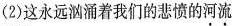
(2)这永远汹涌着我们的悲愤的\underset{·}{河}\underset{·}{流}